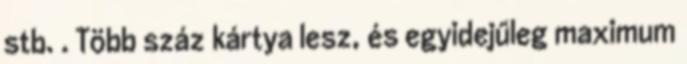
stb. . Több száz kártya lesz, és egyidejűleg maximum